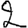
Digit: 2